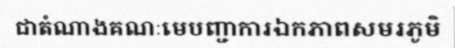
ជាតំណាងគណៈមេបញ្ជាការឯកភាពសមរភូមិ